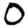
Digit: 0